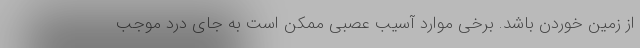
از زمین خوردن باشد. برخی موارد آسیب عصبی ممکن است به جای درد موجب